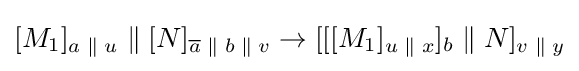
[M_{1}]_{a\;\|\;u}\;\|\;[N]_{{\overline {a}}\;\|\;b\;\|\;v}\rightarrow [[[M_{1}]_{u\;\|\;x}]_{b}\;\|\;N]_{v\;\|\;y}